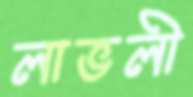
লাভলী